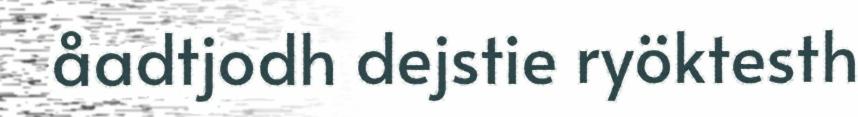
åadtjodh dejstie ryöktesth